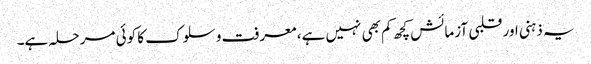
یہ ذہنی اور قلبی آزمائش کچھ کم بھی نہیں ہے، معرفت و سلوک کا کوئی مرحلہ ہے۔